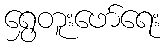
ရွှေတူးဖော်ရေး